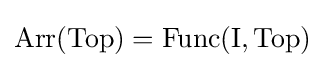
{\textstyle \operatorname {Arr} (\mathrm {Top} )=\operatorname {Func} (\mathrm {I} ,\mathrm {Top} )}